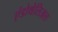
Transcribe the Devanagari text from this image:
एंडोथेलिअल